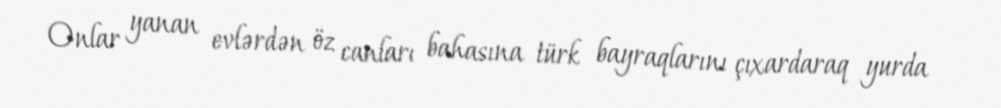
Onlar yanan evlərdən öz canları bahasına türk bayraqlarını çıxardaraq yurda